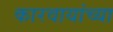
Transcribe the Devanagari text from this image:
कारवायांच्या